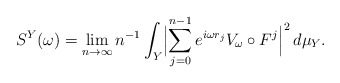
\begin{align*}S^Y(\omega) & =\lim_{n\to\infty}n^{-1}\int_Y\Bigl|\sum_{j=0}^{n-1}e^{i\omega r_j}V_{\omega}\circ F^j\Bigl|^2\,d\mu_Y.\end{align*}